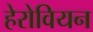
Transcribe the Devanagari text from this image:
हेरोवियन